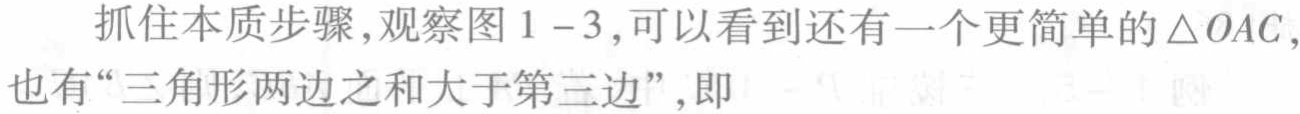
抓住本质步骤,观察图1 - 3,可以看到还有一个更简单的$\triangle OAC$,也有“三角形两边之和大于第三边”,即